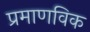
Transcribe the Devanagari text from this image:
प्रमाणविक